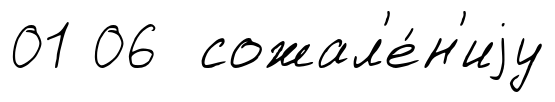
01 06 сожал'е́н'иjу